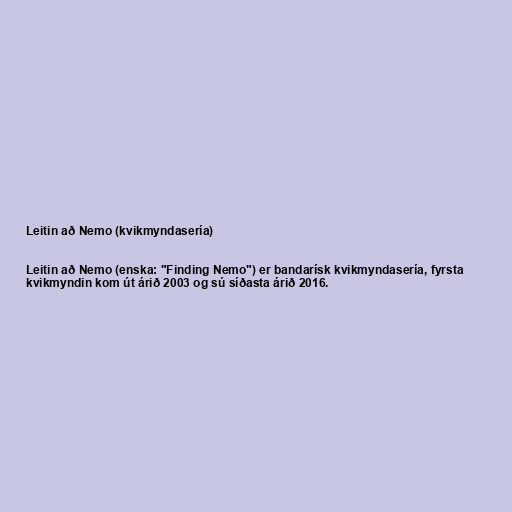
Leitin að Nemo (kvikmyndasería)

Leitin að Nemo (enska: "Finding Nemo") er bandarísk kvikmyndasería, fyrsta
kvikmyndin kom út árið 2003 og sú síðasta árið 2016.